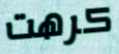
كرهت